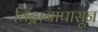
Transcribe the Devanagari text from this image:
विद्वानांपासून